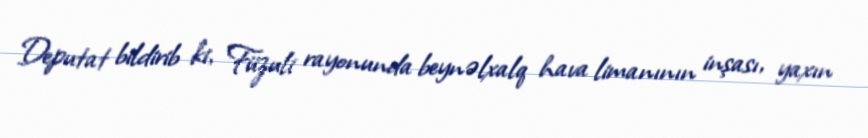
Deputat bildirib ki, Füzuli rayonunda beynəlxalq hava limanının inşası, yaxın